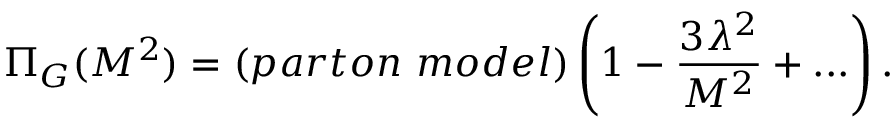
\Pi _ { G } ( M ^ { 2 } ) = ( p a r t o n ~ m o d e l ) \left( 1 - { \frac { 3 \lambda ^ { 2 } } { M ^ { 2 } } } + . . . \right) { } .